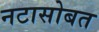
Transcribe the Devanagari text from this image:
नटासोबत